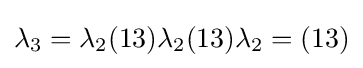
\lambda _{3}=\lambda _{2}(13)\lambda _{2}(13)\lambda _{2}=(13)